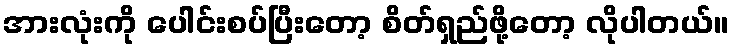
အားလုံးကို ပေါင်းစပ်ပြီးတော့ စိတ်ရှည်ဖို့တော့ လိုပါတယ်။